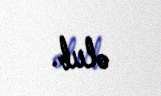
olub.